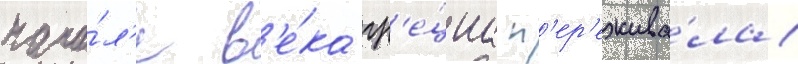
нача́л'е в'е́ка гр'е́циа п'ер'ежива́ла